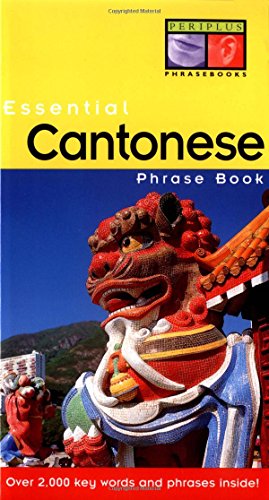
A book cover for Essential Cantonese Phrase Book (Essential Phrasebook Series); Philip Yungkin Lee; Travel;